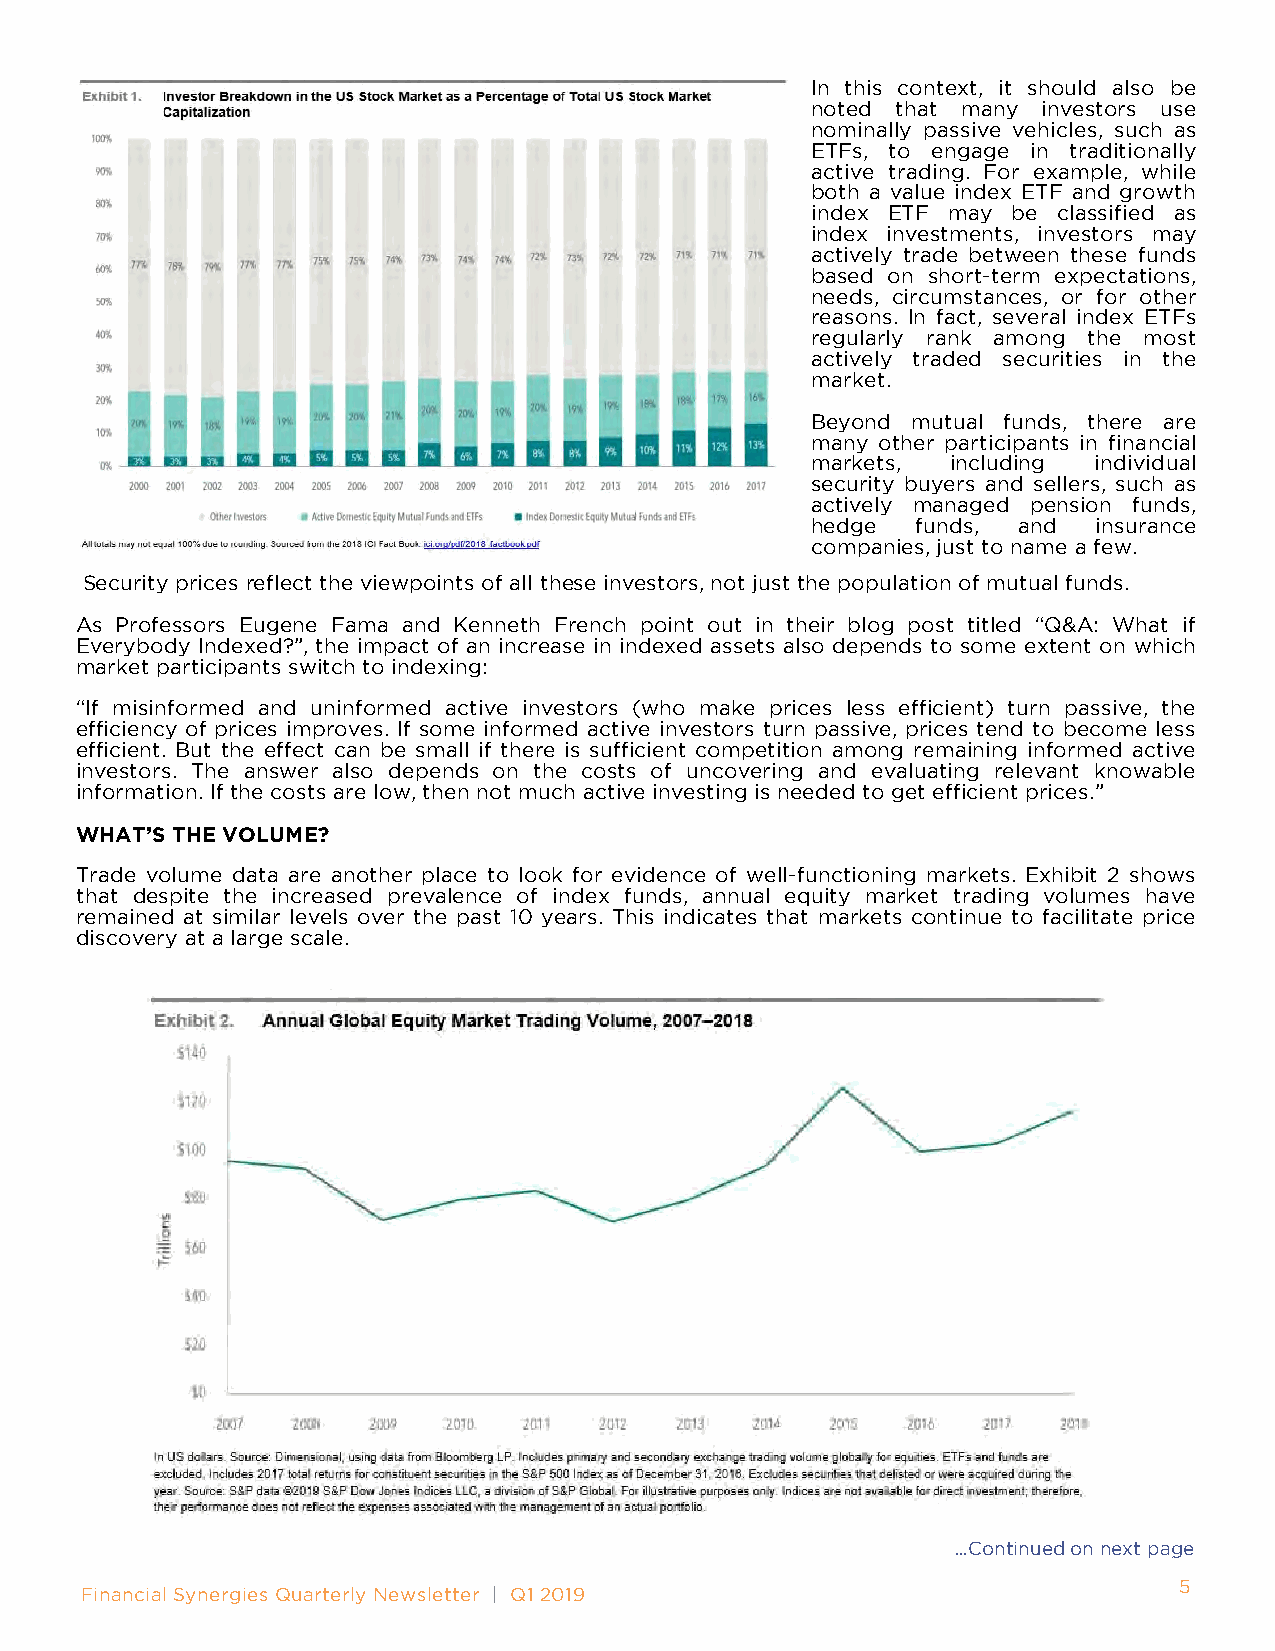
In this context, it should also be
 noted that many investors use
 nominally passive vehicles, such as
 ETFs, to engage in traditionally
 active trading. For example, while
 both a value index ETF and growth
 index ETF may be classified as
 index investments, investors may
 actively trade between these funds
 based on short-term expectations,
 needs, circumstances, or for other
 reasons. In fact, several index ETFs
 regularly rank among the most
 actively traded securities in the
 market.
 Beyond mutual funds, there are
 many other participants in financial
 markets, including individual
 security buyers and sellers, such as
 actively managed pension funds,
 hedge  funds, and  insurance
 companies, just to name a few.
 Security prices reflect the viewpoints of all these investors, not just the population of mutual funds.
 As Professors Eugene Fama and Kenneth French point out in their blog post titled “Q&A: What if
 Everybody Indexed?”, the impact of an increase in indexed assets also depends to some extent on which
 market participants switch to indexing:
 “If misinformed and uninformed active investors (who make prices less efficient) turn passive, the
 efficiency of prices improves. If some informed active investors turn passive, prices tend to become less
 efficient. But the effect can be small if there is sufficient competition among remaining informed active
 investors. The answer also depends on the costs of uncovering and evaluating relevant knowable
 information. If the costs are low, then not much active investing is needed to get efficient prices.”
 WHAT’S THE VOLUME?
 Trade volume data are another place to look for evidence of well-functioning markets. Exhibit 2 shows
 that despite the increased prevalence of index funds, annual equity market trading volumes have
 remained at similar levels over the past 10 years. This indicates that markets continue to facilitate price
 discovery at a large scale.
 ...Continued on next page
 5
 Financial Synergies Quarterly Newsletter | Q1 2019